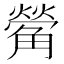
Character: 𮗵